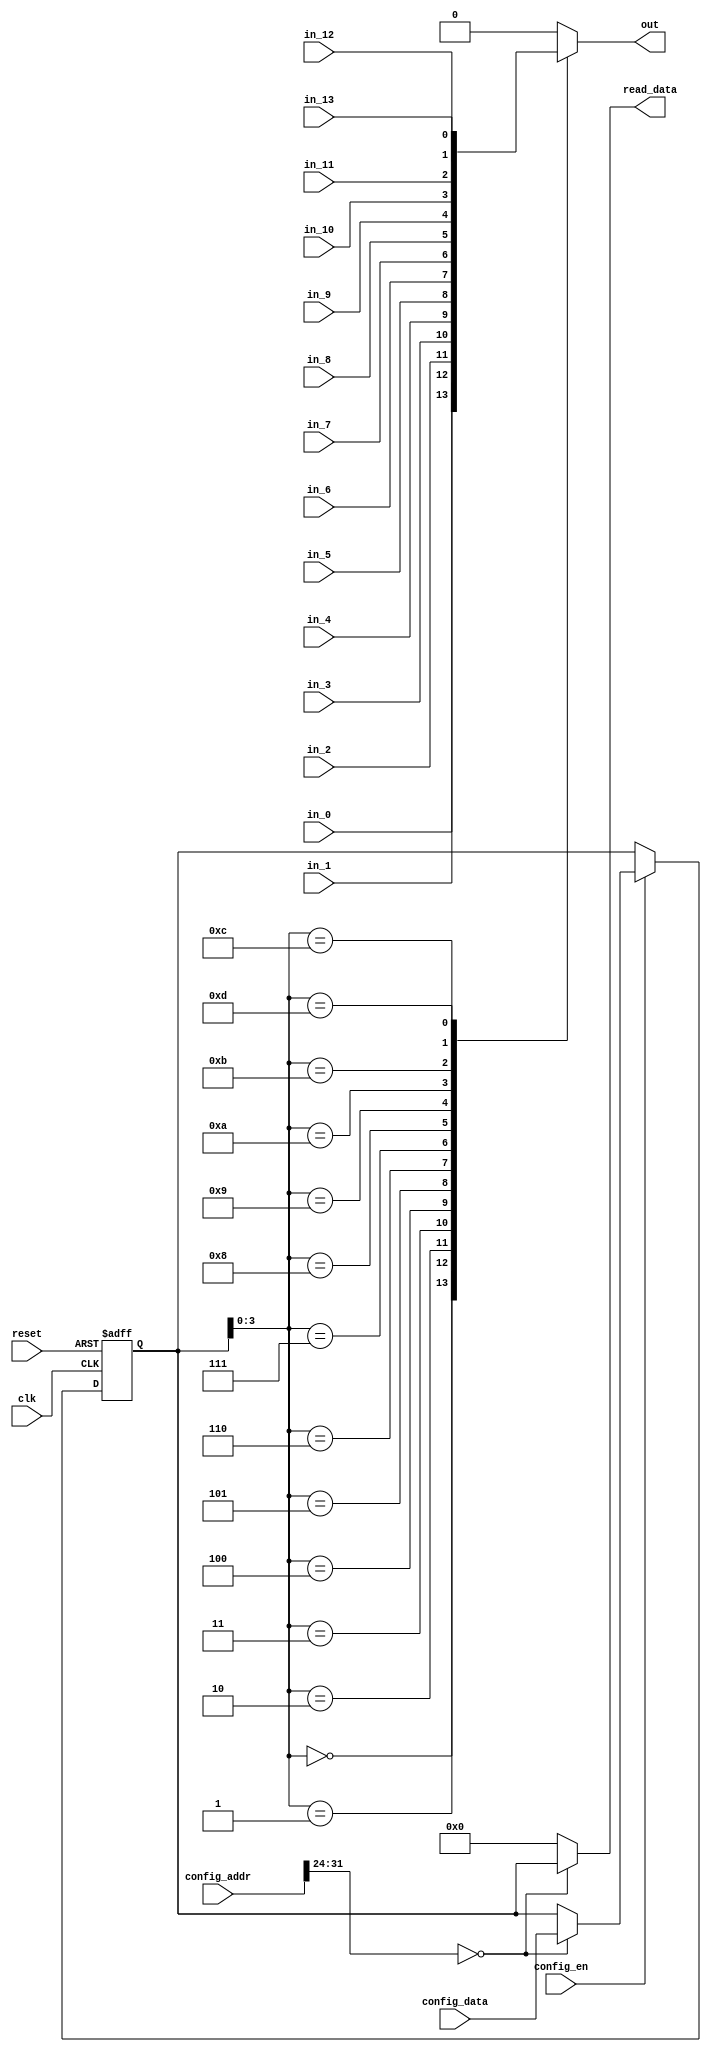
//
//--------------------------------------------------------------------------------
//          THIS FILE WAS AUTOMATICALLY GENERATED BY THE GENESIS2 ENGINE        
//  FOR MORE INFORMATION: OFER SHACHAM (CHIP GENESIS INC / STANFORD VLSI GROUP)
//    !! THIS VERSION OF GENESIS2 IS NOT FOR ANY COMMERCIAL USE !!
//     FOR COMMERCIAL LICENSE CONTACT SHACHAM@ALUMNI.STANFORD.EDU
//--------------------------------------------------------------------------------
//
//  
//	-----------------------------------------------
//	|            Genesis Release Info             |
//	|  $Change: 11789 $ --- $Date: 2013/03/25 $   |
//	-----------------------------------------------
//	
//
//  Source file: /nobackup/nikhil3/github/CGRAGenerator/hardware/generator_z/cb/cb.vp
//  Source template: cb
//
// --------------- Begin Pre-Generation Parameters Status Report ---------------
//
//	From 'generate' statement (priority=5):
// Parameter width 	= 1
// Parameter num_tracks 	= 14
// Parameter feedthrough_outputs 	= 11111111111111
// Parameter has_constant 	= 0
//
//		---- ---- ---- ---- ---- ---- ---- ---- ---- ---- ----
//
//	From Command Line input (priority=4):
//
//		---- ---- ---- ---- ---- ---- ---- ---- ---- ---- ----
//
//	From XML input (priority=3):
//
//		---- ---- ---- ---- ---- ---- ---- ---- ---- ---- ----
//
//	From Config File input (priority=2):
//
// ---------------- End Pre-Generation Pramameters Status Report ----------------

// width (_GENESIS2_INHERITANCE_PRIORITY_) = 1
//
// num_tracks (_GENESIS2_INHERITANCE_PRIORITY_) = 14
//
// feedthrough_outputs (_GENESIS2_INHERITANCE_PRIORITY_) = 0xa1b01d4b1c7
//
// has_constant (_GENESIS2_INHERITANCE_PRIORITY_) = 0
//
// default_value (_GENESIS2_DECLARATION_PRIORITY_) = 0
//

module cb_unq2 (
clk, reset,
in_0,
in_1,
in_2,
in_3,
in_4,
in_5,
in_6,
in_7,
in_8,
in_9,
in_10,
in_11,
in_12,
in_13,
out,
config_addr,
config_data,
config_en,
read_data
);

  input  clk;
  input  reset;
  input  config_en;
  input [31:0] config_data;


  /* verilator lint_off UNUSED */
  input [31:0] config_addr;
  /* verilator lint_on UNUSED */

  output reg [0:0] out;
  input [0:0] in_0;
  input [0:0] in_1;
  input [0:0] in_2;
  input [0:0] in_3;
  input [0:0] in_4;
  input [0:0] in_5;
  input [0:0] in_6;
  input [0:0] in_7;
  input [0:0] in_8;
  input [0:0] in_9;
  input [0:0] in_10;
  input [0:0] in_11;
  input [0:0] in_12;
  input [0:0] in_13;
  output reg [31:0] read_data;



  /* verilator lint_off UNUSED */
  reg [31:0] config_cb;
  /* verilator lint_on UNUSED */
  always @(posedge clk or posedge reset) begin
    if (reset==1'b1) begin
        config_cb <= 4'd13;
    end else begin
      if (config_en==1'b1) begin
         case (config_addr[31:24])
           8'd0: config_cb[31:0] <= config_data;
         endcase
      end
    end
  end

  always @(*) begin
    case (config_addr[31:24])
      8'd0: read_data = config_cb[31:0];
      default: read_data = 'h0;
    endcase
  end

  always @(*) begin
    case (config_cb[3:0])
        4'd0: out = in_0;
        4'd1: out = in_1;
        4'd2: out = in_2;
        4'd3: out = in_3;
        4'd4: out = in_4;
        4'd5: out = in_5;
        4'd6: out = in_6;
        4'd7: out = in_7;
        4'd8: out = in_8;
        4'd9: out = in_9;
        4'd10: out = in_10;
        4'd11: out = in_11;
        4'd12: out = in_12;
        4'd13: out = in_13;
        default: out = 1'd0;
    endcase
  end
endmodule